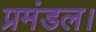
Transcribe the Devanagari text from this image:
प्रमंडल।